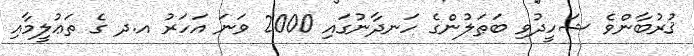
ޤުރުބާންވެ ޝަހީދުވި ބަޠަލުންގެ ހަނދާނުގައި 2000 ވަނަ އަހަރު އ.ދ ގެ ތަޢުލީމާއި